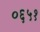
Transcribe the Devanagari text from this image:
०६५१